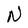
Character: N